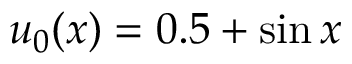
u _ { 0 } ( x ) = 0 . 5 + \sin { x }